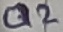
Text: Q2